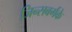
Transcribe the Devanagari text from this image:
जिन्सबर्गके